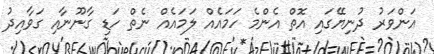
އަންވަރު ދުނިޔޭގައި އޮތް އެންމެ ހަމައެއް ލަމައެއް ނެތް ހަޑި ގާނޫނާއި ގަވާއިދު